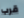
قرب